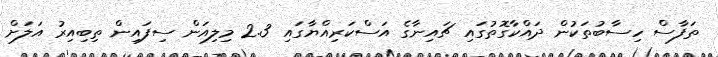
ތަފާސް ހިސާބުތަކުން ދައްކާގޮތުގައި ޗައިނާގެ އަސްކަރިއްޔާގައި 2.3 މިލިއަން ސިފައިން ތިބިއިރު އަލަށް